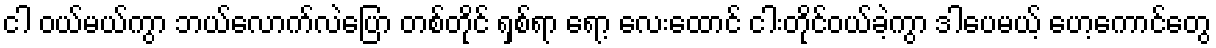
ငါ ဝယ်မယ်ကွာ ဘယ်လောက်လဲပြော တစ်တိုင် ရှစ်ရာ ရော့ လေးထောင် ငါးတိုင်ဝယ်ခဲ့ကွာ ဒါပေမယ့် ဟေ့ကောင်တွေ